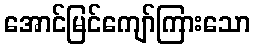
အောင်မြင်ကျော်ကြားသော